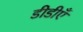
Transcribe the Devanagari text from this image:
डीडीएँ